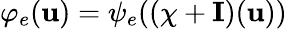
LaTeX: \varphi_{e}(\mathbf{u})=\psi_{e}((\chi+\mathbf{I})(\mathbf{u}))